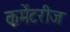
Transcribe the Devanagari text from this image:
कमेंटरीज